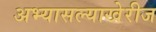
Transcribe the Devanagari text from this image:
अभ्यासल्याखेरीज